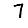
Digit: 7